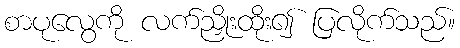
စာပုလွေကို လက်ညှိုးထိုး၍ ပြလိုက်သည်။